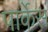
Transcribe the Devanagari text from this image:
पार्केस